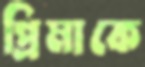
প্রিমাকে